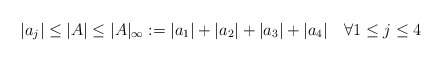
\begin{align*}|a_j|\leq |A| \leq |A|_\infty:=|a_1|+|a_2|+|a_3|+|a_4|\quad\forall 1\leq j \leq 4\end{align*}